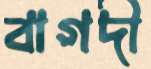
বাগদী